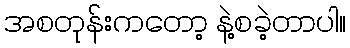
အစတုန်းကတော့ နဲ့စခဲ့တာပါ။